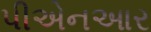
પીએનઆર